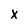
Character: X